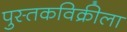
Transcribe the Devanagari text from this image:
पुस्तकविक्रीला